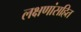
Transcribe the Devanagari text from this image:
लक्षणांसहित